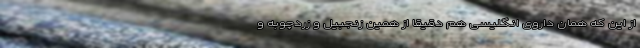
از این که همان داروی انگلیسی هم دقیقاً از همین زنجبیل و زردچوبه و